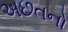
અછતનો